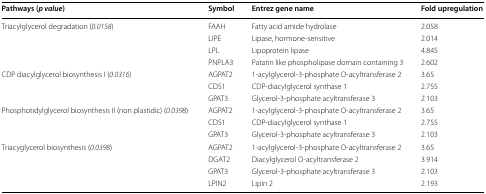
<table><thead><tr><td><b>Pathways (<i>p value</i>)</b></td><td><b>Symbol</b></td><td><b>Entrez gene name</b></td><td><b>Fold upregulation</b></td></tr></thead><tbody><tr><td>Triacylglycerol degradation (<i>0.0158</i>)</td><td>FAAH</td><td>Fatty acid amide hydrolase</td><td>2.058</td></tr><tr><td></td><td>LIPE</td><td>Lipase, hormone-sensitive</td><td>2.014</td></tr><tr><td></td><td>LPL</td><td>Lipoprotein lipase</td><td>4.845</td></tr><tr><td></td><td>PNPLA3</td><td>Patatin like phospholipase domain containing 3</td><td>2.602</td></tr><tr><td>CDP diacylglycerol biosynthesis I (<i>0.0316</i>)</td><td>AGPAT2</td><td>1-acylglycerol-3-phosphate O-acyltransferase 2</td><td>3.65</td></tr><tr><td></td><td>CDS1</td><td>CDP-diacylglycerol synthase 1</td><td>2.755</td></tr><tr><td></td><td>GPAT3</td><td>Glycerol-3-phosphate acyltransferase 3</td><td>2.103</td></tr><tr><td>Phosphotidylglycerol biosynthesis II (non plastidic) (<i>0.0398</i>)</td><td>AGPAT2</td><td>1-acylglycerol-3-phosphate O-acyltransferase 2</td><td>3.65</td></tr><tr><td></td><td>CDS1</td><td>CDP-diacylglycerol synthase 1</td><td>2.755</td></tr><tr><td></td><td>GPAT3</td><td>Glycerol-3-phosphate acyltransferase 3</td><td>2.103</td></tr><tr><td>Triacyglycerol biosynthesis (<i>0.0398</i>)</td><td>AGPAT2</td><td>1-acylglycerol-3-phosphate O-acyltransferase 2</td><td>3.65</td></tr><tr><td></td><td>DGAT2</td><td>Diacylglycerol O-acyltransferase 2</td><td>3.914</td></tr><tr><td></td><td>GPAT3</td><td>Glycerol-3-phosphate acyltransferase 3</td><td>2.103</td></tr><tr><td></td><td>LPIN2</td><td>Lipin 2</td><td>2.193</td></tr></tbody></table>